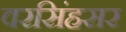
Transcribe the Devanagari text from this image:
वरसिंहसर